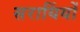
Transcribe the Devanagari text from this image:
सरायिंयों